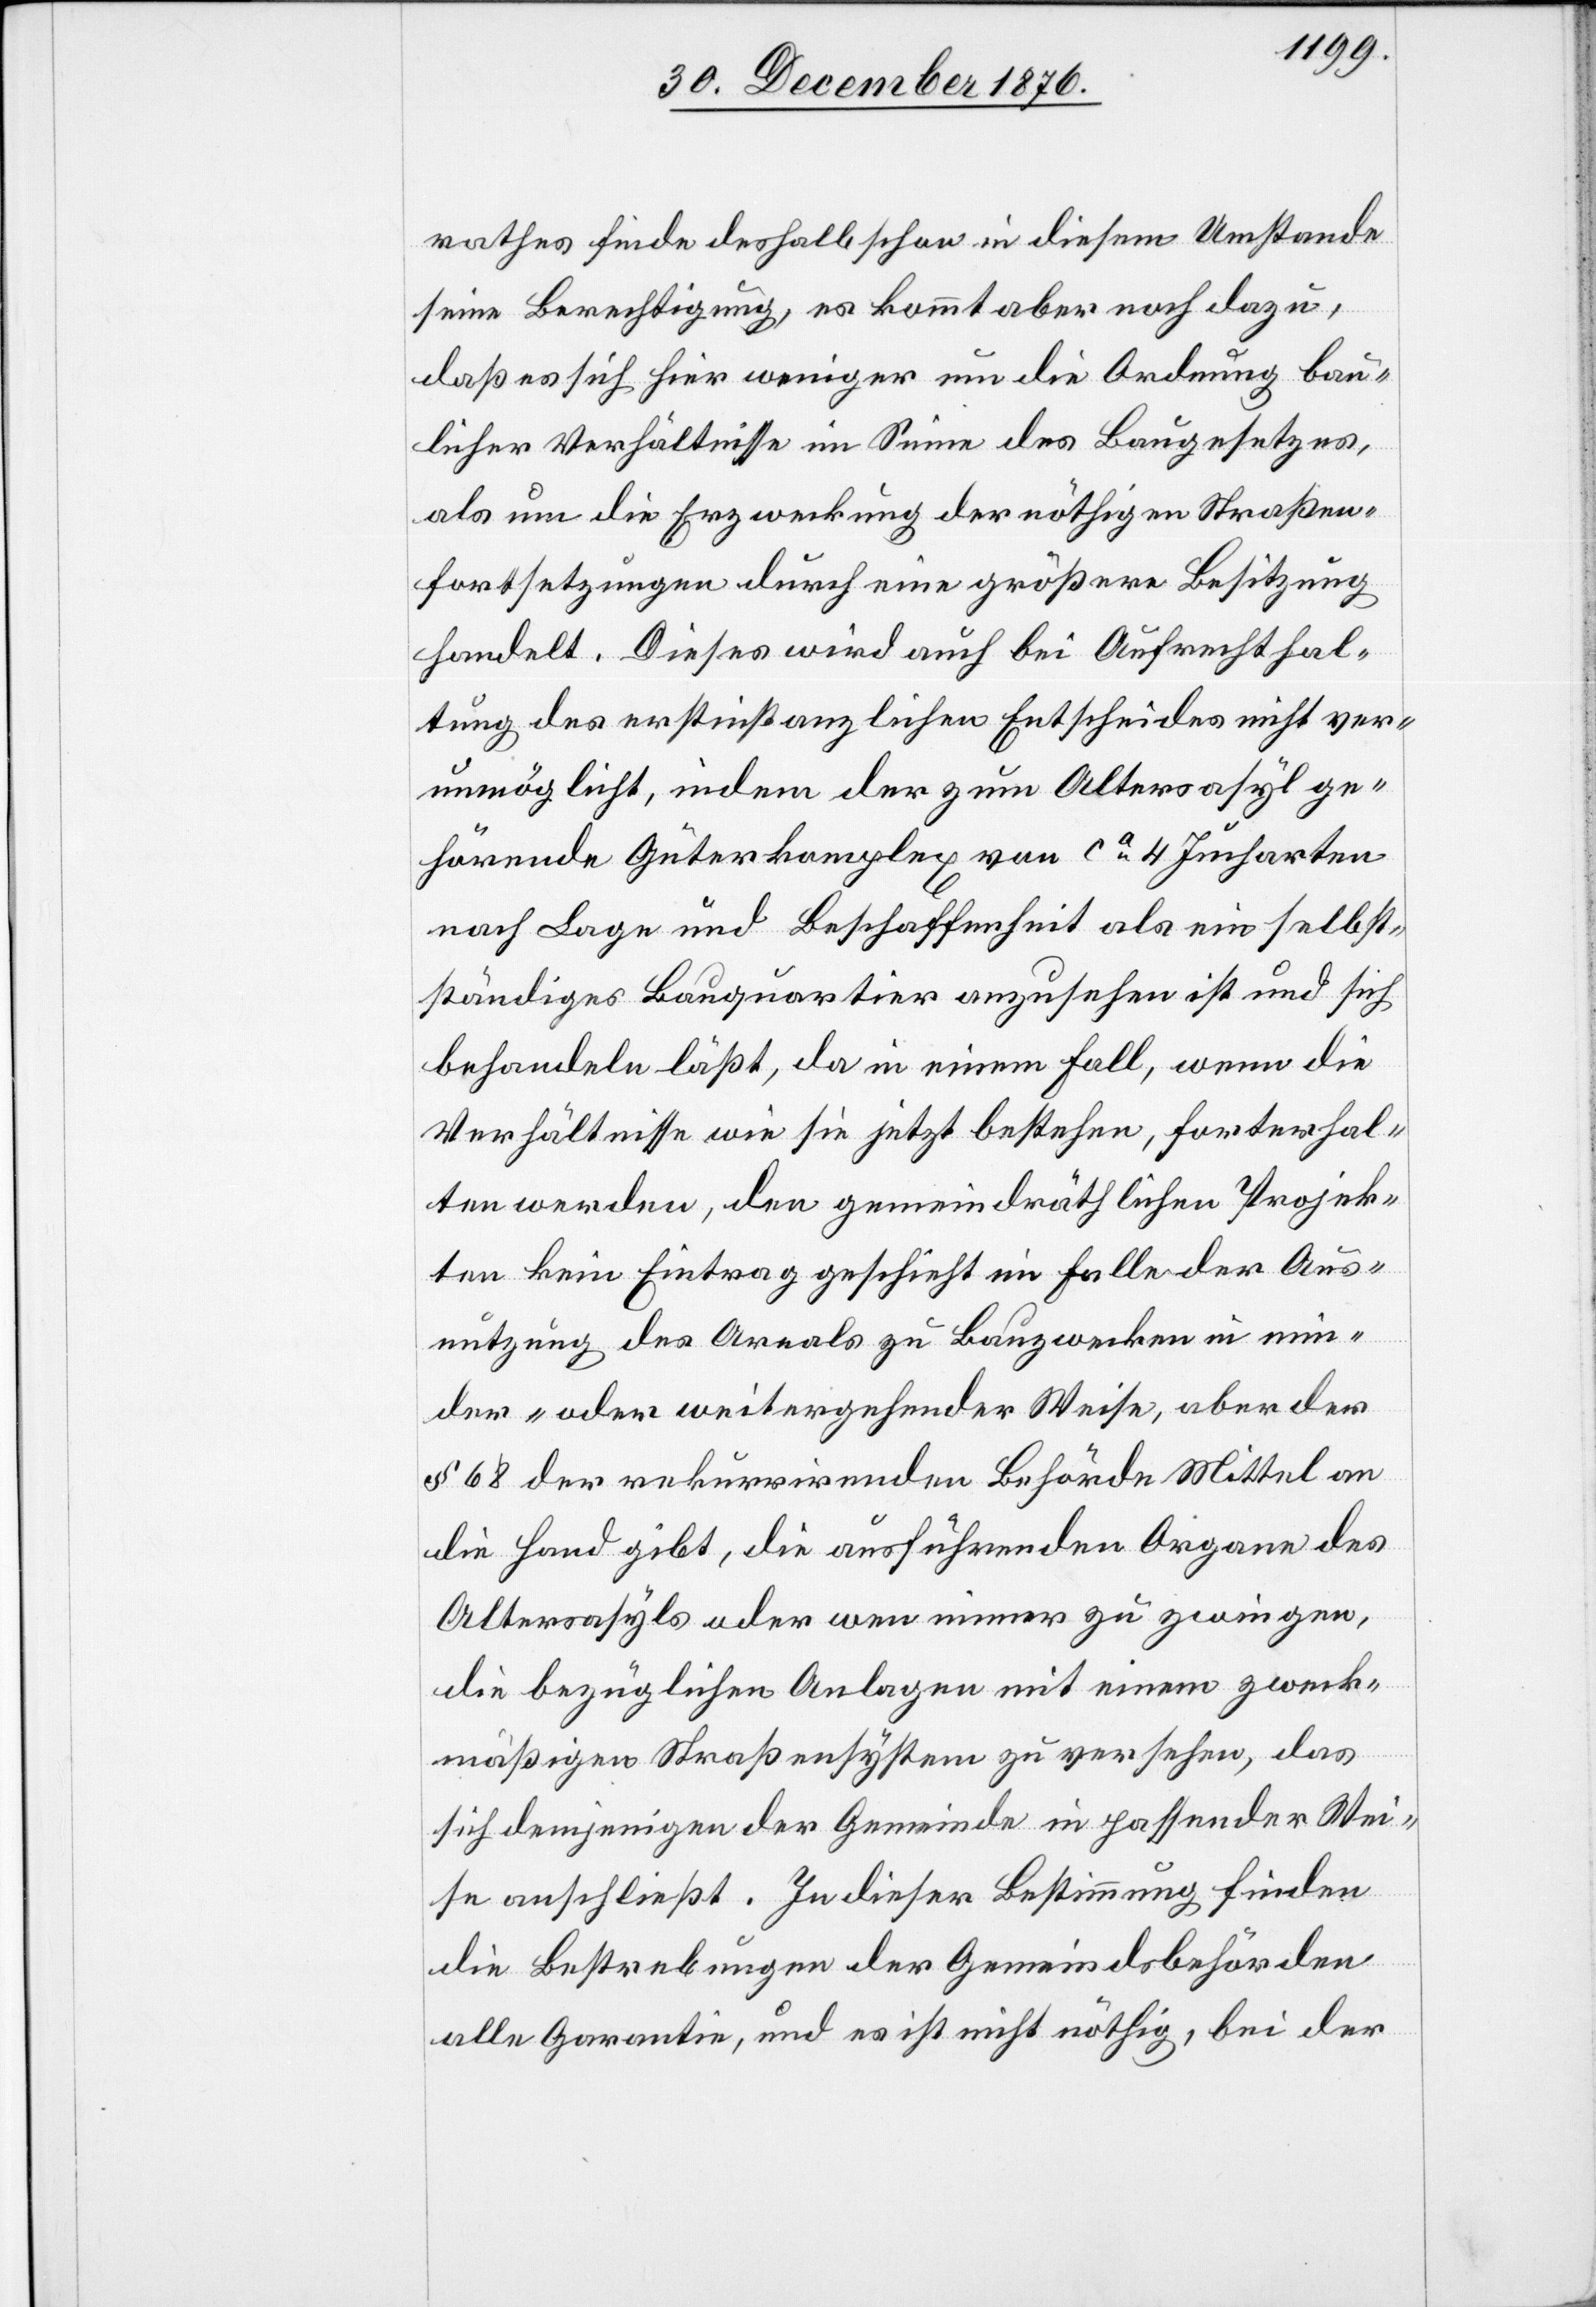
rathes finde deshalb schon in diesem Umstande
seine Berechtigung, es kommt aber noch dazu,
daß es sich hier weniger um die Ordnung bau¬
licher Verhältnisse im Sinne des Baugesetzes
als um die Erzweckung der nöthigen Straßen¬
fortsetzungen durch eine größere Besitzung
handelt. Dieses wird auch bei Aufrechthal¬
tung des erstinstanzlichen Entscheides nicht ver¬
unmöglichst, indem der zum Altersasyl ge¬
hörende Güterkomplex von ca 4 Jucharten
nach Lage und Beschaffenheit als ein selbst¬
ständiges Landquartier anzusehen ist und sich
behandeln läßt, da in einem Fall, wenn die
Verhältnisse wie sie jetzt bestehen, forterhal¬
ten werden, den gemeindräthlichen Projek¬
ten kein Eintrag geschieht im Falle der Aus¬
nutzung des Areals zu Bauzwecken in min¬
der- oder weitergehender Weise, aber der
§ 68 der rekurrirenden Behörde Mittel an
die Hand gibt, die ausführenden Organe des
Altersasyls oder wen immer zu zwingen,
die bezüglichen Anlagen mit einem zweck¬
mäßigen Straßensystem zu versehen, das
sich demjenigen der Gemeinde in passender Wei¬
se anschließt. In dieser Bestimmung finden
die Bestrebungen der Gemeindsbehörden
alle Garantie, und es ist nicht nöthig, bei der